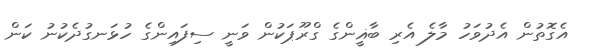
އެގޮތުން އެދުވަހު މާލެ އެރި ބާޣީންގެ ގްރޫޕަކުން ވަނީ ސިފައިންގެ ހުޅަނގުދެކުނު ކަން